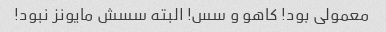
معمولی بود! کاهو و سس! البته سسش مایونز نبود!